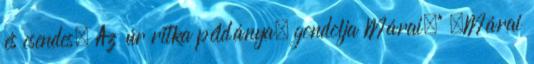
és csendes. Az úr ritka példánya, gondolja Márai.” „Márai